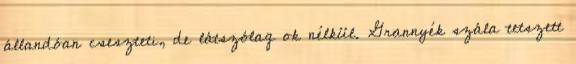
állandóan cseszteti, de látszólag ok nélkül. Grannyék szála tetszett